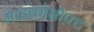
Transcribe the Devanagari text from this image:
माइक्रोसोफ़्ट